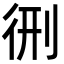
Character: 㣜